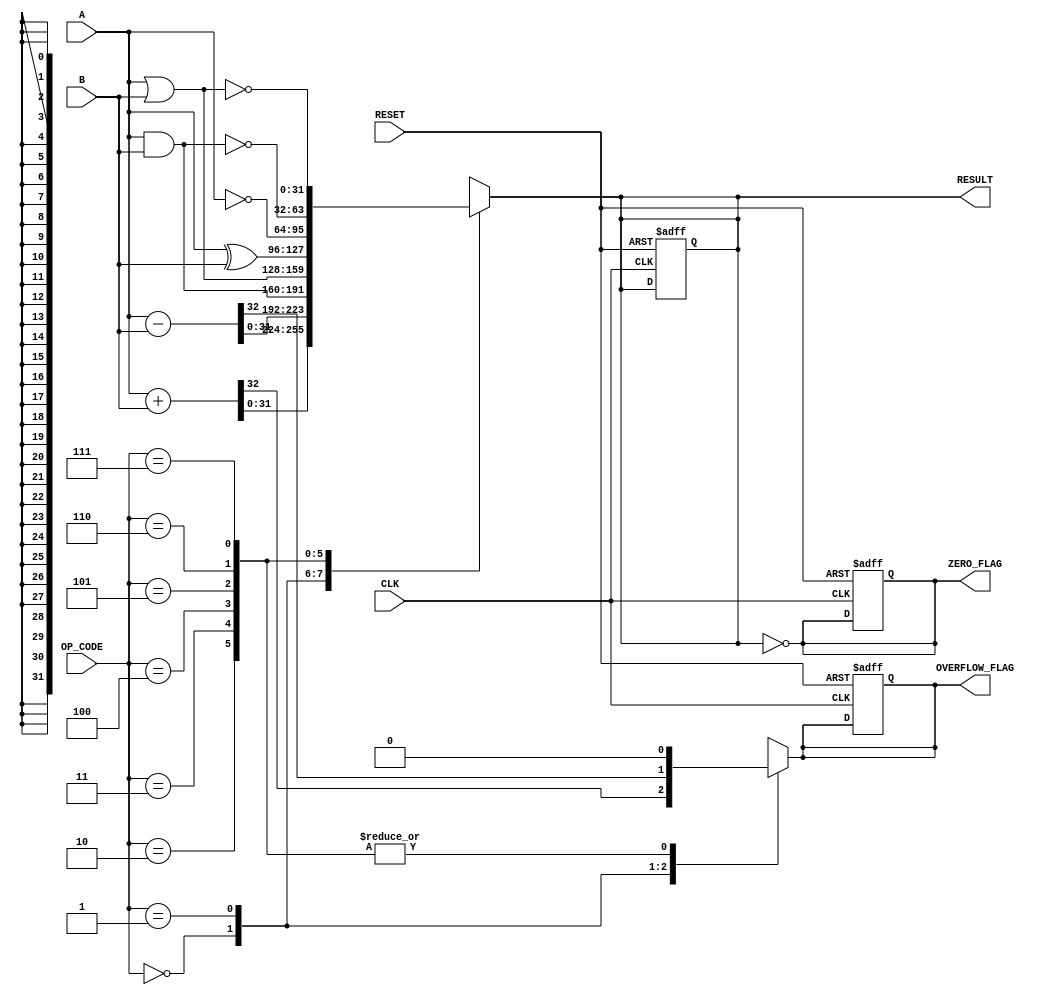
module Parameterized_ALU #(
    parameter DATA_WIDTH = 32,
    parameter OPERATION_MODE = 3 // 3 bits for up to 8 operations
)(
    input  wire [DATA_WIDTH-1:0] A,        // First operand
    input  wire [DATA_WIDTH-1:0] B,        // Second operand
    input  wire [OPERATION_MODE-1:0] OP_CODE, // Operation code
    input  wire CLK,                        // Clock signal
    input  wire RESET,                      // Asynchronous reset
    output reg  [DATA_WIDTH-1:0] RESULT,   // Result of the operation
    output reg  ZERO_FLAG,                  // Zero flag
    output reg  OVERFLOW_FLAG                // Overflow flag
);

    // Internal signals for overflow detection
    wire [DATA_WIDTH:0] ADD_RESULT; // Extra bit for overflow detection in addition
    wire [DATA_WIDTH:0] SUB_RESULT; // Extra bit for overflow detection in subtraction

    // Operation codes
    localparam ADD_OP = 3'b000;
    localparam SUB_OP = 3'b001;
    localparam AND_OP = 3'b010;
    localparam OR_OP  = 3'b011;
    localparam XOR_OP = 3'b100;
    localparam NOT_OP = 3'b101;
    localparam NAND_OP = 3'b110;
    localparam NOR_OP = 3'b111;

    // Combinational logic for arithmetic and logic operations
    always @(*) begin
        case (OP_CODE)
            ADD_OP: begin
                ADD_RESULT = A + B;
                RESULT = ADD_RESULT[DATA_WIDTH-1:0];
                OVERFLOW_FLAG = ADD_RESULT[DATA_WIDTH]; // Check for overflow
            end
            SUB_OP: begin
                SUB_RESULT = A - B;
                RESULT = SUB_RESULT[DATA_WIDTH-1:0];
                OVERFLOW_FLAG = SUB_RESULT[DATA_WIDTH]; // Check for overflow
            end
            AND_OP: begin
                RESULT = A & B;
                OVERFLOW_FLAG = 1'b0; // No overflow in logic operations
            end
            OR_OP: begin
                RESULT = A | B;
                OVERFLOW_FLAG = 1'b0; // No overflow in logic operations
            end
            XOR_OP: begin
                RESULT = A ^ B;
                OVERFLOW_FLAG = 1'b0; // No overflow in logic operations
            end
            NOT_OP: begin
                RESULT = ~A; // NOT operation on A
                OVERFLOW_FLAG = 1'b0; // No overflow in logic operations
            end
            NAND_OP: begin
                RESULT = ~(A & B);
                OVERFLOW_FLAG = 1'b0; // No overflow in logic operations
            end
            NOR_OP: begin
                RESULT = ~(A | B);
                OVERFLOW_FLAG = 1'b0; // No overflow in logic operations
            end
            default: begin
                RESULT = {DATA_WIDTH{1'b0}}; // Default case
                OVERFLOW_FLAG = 1'b0;
            end
        endcase
        // Set the ZERO_FLAG based on the RESULT
        ZERO_FLAG = (RESULT == {DATA_WIDTH{1'b0}});
    end

    // Sequential logic for reset and clock
    always @(posedge CLK or posedge RESET) begin
        if (RESET) begin
            RESULT <= {DATA_WIDTH{1'b0}};
            ZERO_FLAG <= 1'b0;
            OVERFLOW_FLAG <= 1'b0;
        end else begin
            // The result and flags are updated based on combinational logic
            // already defined above
        end
    end

endmodule